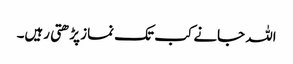
اللہ جانے کب تک نماز پڑھتی رہیں۔